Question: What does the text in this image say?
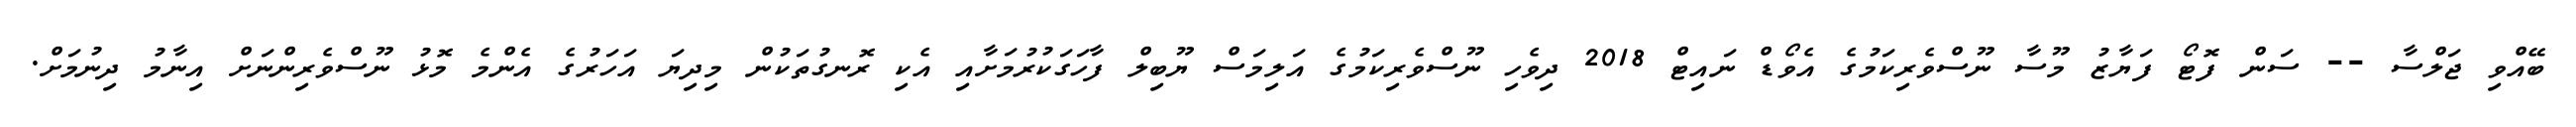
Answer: ބޭއްވި ޖަލްސާ -- ސަން ފޮޓޯ ފަޔާޒު މޫސާ ނޫސްވެރިކަމުގެ އެވޯޑް ނައިޓް 2018 ދިވެހި ނޫސްވެރިކަމުގެ އަލިމަސް ޔޫބިލް ފާހަގަކުރުމަށާއި އެކި ރޮނގުތަކުން މިދިޔަ އަހަރުގެ އެންމެ މޮޅު ނޫސްވެރިންނަށް އިނާމު ދިނުމަށް.